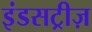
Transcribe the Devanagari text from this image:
इंडसट्रीज़